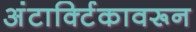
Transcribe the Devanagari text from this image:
अंटार्क्टिकावरून